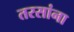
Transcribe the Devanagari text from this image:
तरसांना